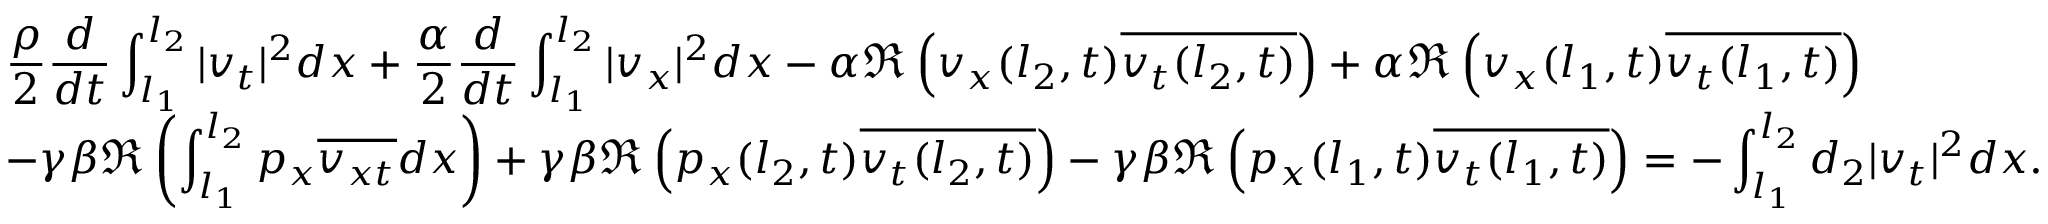
\begin{array} { l } { \displaystyle \frac { \rho } { 2 } \frac { d } { d t } \int _ { l _ { 1 } } ^ { l _ { 2 } } | v _ { t } | ^ { 2 } d x + \frac { \alpha } { 2 } \frac { d } { d t } \int _ { l _ { 1 } } ^ { l _ { 2 } } | v _ { x } | ^ { 2 } d x - \alpha \Re \left( v _ { x } ( l _ { 2 } , t ) \overline { { v _ { t } ( l _ { 2 } , t ) } } \right) + \alpha \Re \left( v _ { x } ( l _ { 1 } , t ) \overline { { v _ { t } ( l _ { 1 } , t ) } } \right) } \\ { \displaystyle - \gamma \beta \Re \left( \int _ { l _ { 1 } } ^ { l _ { 2 } } p _ { x } \overline { { v _ { x t } } } d x \right) + \gamma \beta \Re \left( p _ { x } ( l _ { 2 } , t ) \overline { { v _ { t } ( l _ { 2 } , t ) } } \right) - \gamma \beta \Re \left( p _ { x } ( l _ { 1 } , t ) \overline { { v _ { t } ( l _ { 1 } , t ) } } \right) = - \int _ { l _ { 1 } } ^ { l _ { 2 } } d _ { 2 } | v _ { t } | ^ { 2 } d x . } \end{array}